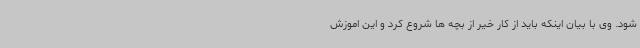
شود. وی با بیان اینکه باید از کار خیر از بچه ها شروع کرد و این اموزش